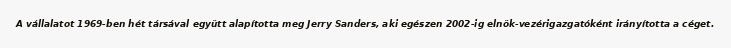
A vállalatot 1969-ben hét társával együtt alapította meg Jerry Sanders, aki egészen 2002-ig elnök-vezérigazgatóként irányította a céget.